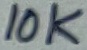
Text: 10K